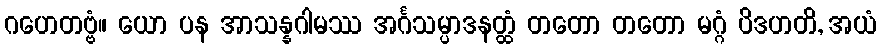
ဂဟေတဗ္ဗံ။ ယော ပန အာသန္နဂါမဿ အင်္ဂသမ္ပာဒနတ္ထံ တတော တတော မဂ္ဂံ ပိဒဟတိ, အယံ